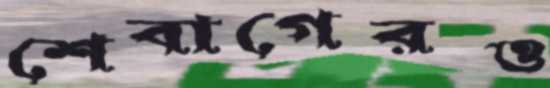
শেবাগেরও